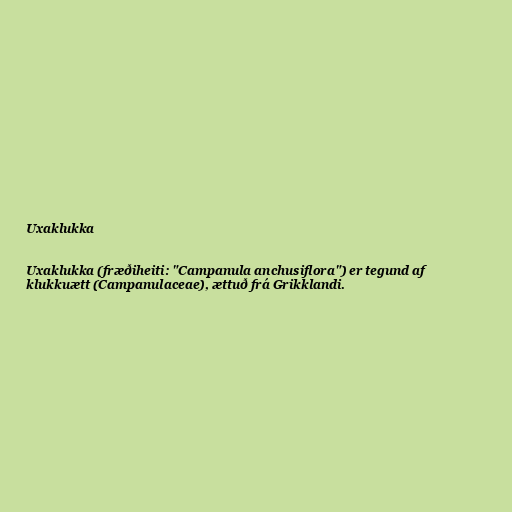
Uxaklukka

Uxaklukka (fræðiheiti: "Campanula anchusiflora") er tegund af
klukkuætt (Campanulaceae), ættuð frá Grikklandi.